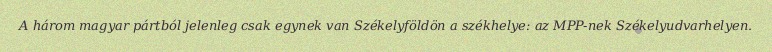
A három magyar pártból jelenleg csak egynek van Székelyföldön a székhelye: az MPP-nek Székelyudvarhelyen.